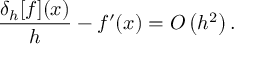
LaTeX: { \frac { \delta _ { h } [ f ] ( x ) } { h } } - f ^ { \prime } ( x ) = O \left( h ^ { 2 } \right) .